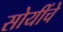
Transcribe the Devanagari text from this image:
सोयींचे